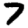
Digit: 7